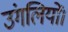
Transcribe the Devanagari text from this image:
उंगलियों।